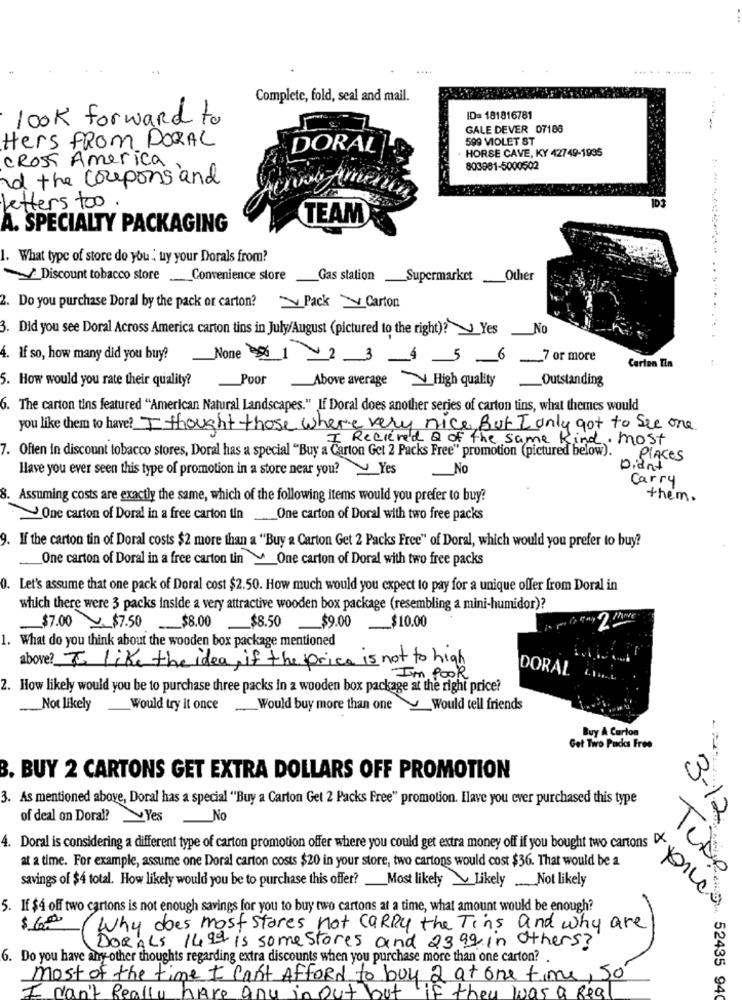
.... .....
Complete, fold, seal and mail.
look forward to
ID= 181816781
GALE DEVER 07186
599 VIOLET ST
Hers FROM DORAL
DORAL
. HORSE CAVE, KY 42749-1995
CROSS America
803961-5000502
of the coupons and
ID1
letters too.
TEAM
A. SPECIALTY PACKAGING
1. What type of store do you : uy your Dorals from?
_> Discount tobacco store_Convenience store
Gas station Supermarket
Other
2. Do you purchase Doral by the pack or carton? Pack Carton
3. Did you see Doral Across America carton tins in July/August (pictured to the right)? Yes No
4. If so, how many did you buy? None 1 2 3 _4 5 _6_7 or more
Carton Tin
5. How would you rate their quality?
Poor Above average V High quality
Outstanding
6. The carton tins featured "American Natural Landscapes." If Doral does another series of carton tins, what themes would
you like them to have? I thought those where very nice, But I only got to see one
I Recieved & of the same Kind. most
7. Often in discount tobacco stores, Doral has a special "Buy a Carton Get 2 Packs Free" promotion (pictured below).
Places
Have you ever seen this type of promotion in a store near you?Yes
No
Diant
Carry
8. Assuming costs are exactly the same, which of the following items would you prefer to buy?
them .
One carton of Doral in a free carton tin One carton of Doral with two free packs
9. If the carton tin of Doral costs $2 more than a "Buy a Carton Get 2 Packs Free" of Doral, which would you prefer to buy?
One carton of Doral in a free carton tin One carton of Doral with two free packs
0. Let's assume that one pack of Doral cost $2.50. How much would you expect to pay for a unique offer from Doral in
which there were 3 packs inside a very attractive wooden box package (resembling a mini-humidor)?
_$7.00 $7.50
$8.00 $8.50 $9.00_$10.00
1. What do you think about the wooden box package mentioned
above? I like the idea, if the price is not to high
DORAL
I'm Pook
2. How likely would you be to purchase three packs in a wooden box package at the right price?
Not likely
Would try it once
Would buy more than one Would tell friends
Buy A Carton
Get Two Packs Free
BUY 2 CARTONS GET EXTRA DOLLARS OFF PROMOTION
3. As mentioned above, Doral has a special "Buy a Carton Get 2 Packs Free" promotion. Have you ever purchased this type
of deal on Doral? Yes No
3-12
at a time. For example, assume one Doral carton costs $20 in your store, two cartons would cost $36. That would be a
4. Doral is considering a different type of carton promotion offer where you could get extra money off I you Sees ogAn,
savings of $4 total. How likely would you be to purchase this offer?
Most likely _ Likely .Not likely
5. If $4 off two cartons is not enough savings for you to buy two cartons at a time, what amount would be enough?
$ 6.000
Why does most stores not CARRY the Tins and why are
DORALS 1499 is someStores and 23.99 in others?
6. Do you have any other thoughts regarding extra discounts when you purchase more than one carton? .
most of the time I can't Afford to buy 2 at one time, so
can't Really
any in out but
here
they was a Reg
52435 940